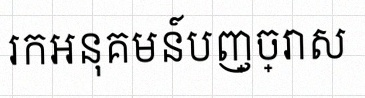
រកអនុគមន៍បញ្ច្រាស